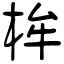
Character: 桙